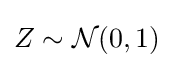
Z\sim {\mathcal {N}}(0,1)